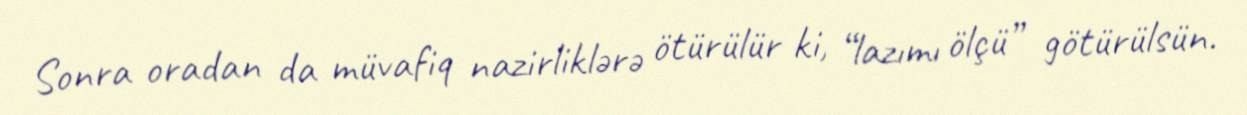
Sonra oradan da müvafiq nazirliklərə ötürülür ki, “lazımı ölçü” götürülsün.